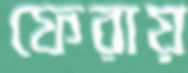
ফেরায়